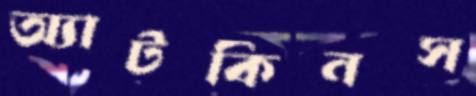
অ্যাটকিনস